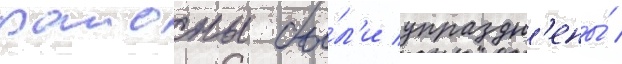
раионы бы́л'и упраздн'ены́ /